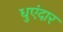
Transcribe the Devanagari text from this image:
धुएंदार